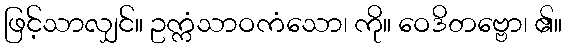
ဖြင့်သာလျှင်။ ဥက္ကံသာဝကံသော၊ ကို။ ဝေဒိတဗ္ဗော၊ ၏။